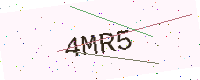
Text: 4MR5